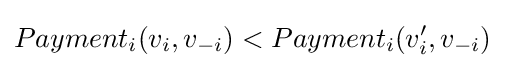
Payment_{i}(v_{i},v_{-i})<Payment_{i}(v_{i}',v_{-i})